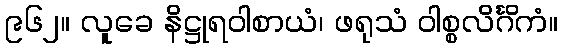
၉၆၂။ လူခေ နိဋ္ဌုရဝါစာယံ၊ ဖရုသံ ဝါစ္စလိင်္ဂိကံ။